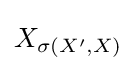
X_{\sigma \left(X',X\right)}